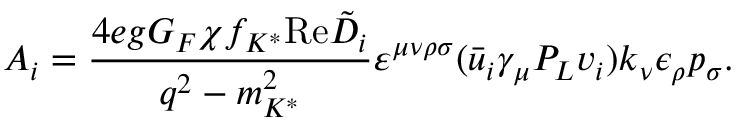
A _ { i } = { \frac { 4 e g G _ { F } \chi f _ { K ^ { * } } \mathrm { R e } \tilde { D } _ { i } } { q ^ { 2 } - m _ { K ^ { * } } ^ { 2 } } } \varepsilon ^ { \mu \nu \rho \sigma } ( \bar { u } _ { i } \gamma _ { \mu } P _ { L } v _ { i } ) k _ { \nu } \epsilon _ { \rho } p _ { \sigma } .